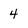
Character: 4